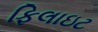
ફિલાઇટ